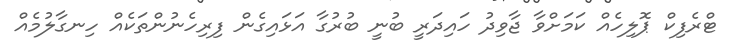
ޓްރެފިކް ޕޮލިހެއް ކަމަށްވާ ޖާވިދު ހައިދަރީ ބުނީ ބުރުގާ އަޅައިގެން ފިރިހެނުންތަކެއް ހިނގާލުމެއް